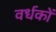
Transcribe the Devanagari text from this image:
वर्धकों